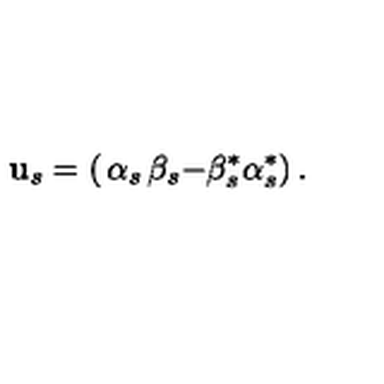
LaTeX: { \bf u } _ { s } = \left( \begin{matrix} { \alpha _ { s } } & { \beta _ { s } } \\ { - \beta _ { s } ^ { \ast } } & { \alpha _ { s } ^ { \ast } } \\ \end{matrix} \right) .